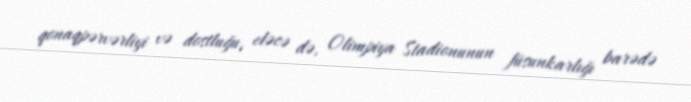
qonaqpərvərliyi və dostluğu, eləcə də, Olimpiya Stadionunun füsunkarlığı barədə